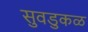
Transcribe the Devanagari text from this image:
सुवडुकळ